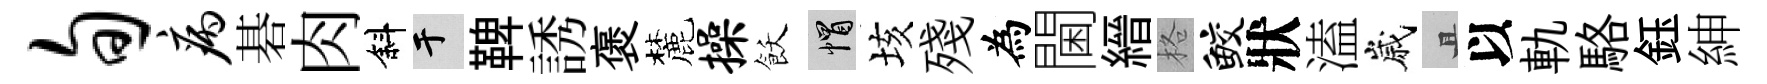
旬病碁肉斜于鞞誘褒麓操飫帽垓殘為閫縉格鲛狀溘嵗且以軌駱鈺紳